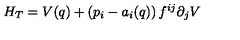
H _ { T } = V ( q ) + \left( p _ { i } - a _ { i } ( q ) \right) f ^ { i j } \partial _ { j } V